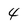
Character: 4